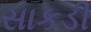
સાકડી